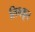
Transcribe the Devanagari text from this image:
लिचकूर